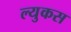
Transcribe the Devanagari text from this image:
ल्युकस